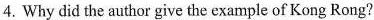
4.Why did the author give the example of Kong Rong?